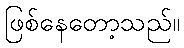
ဖြစ်နေတော့သည်။